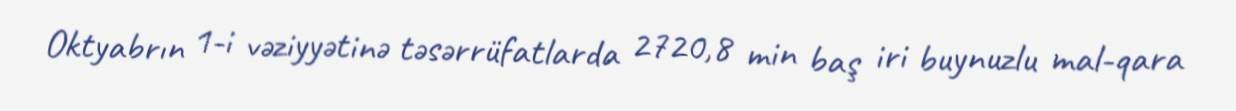
Oktyabrın 1-i vəziyyətinə təsərrüfatlarda 2720,8 min baş iri buynuzlu mal-qara